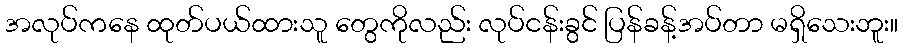
အလုပ်ကနေ ထုတ်ပယ်ထားသူ တွေကိုလည်း လုပ်ငန်းခွင် ပြန်ခန့်အပ်တာ မရှိသေးဘူး။